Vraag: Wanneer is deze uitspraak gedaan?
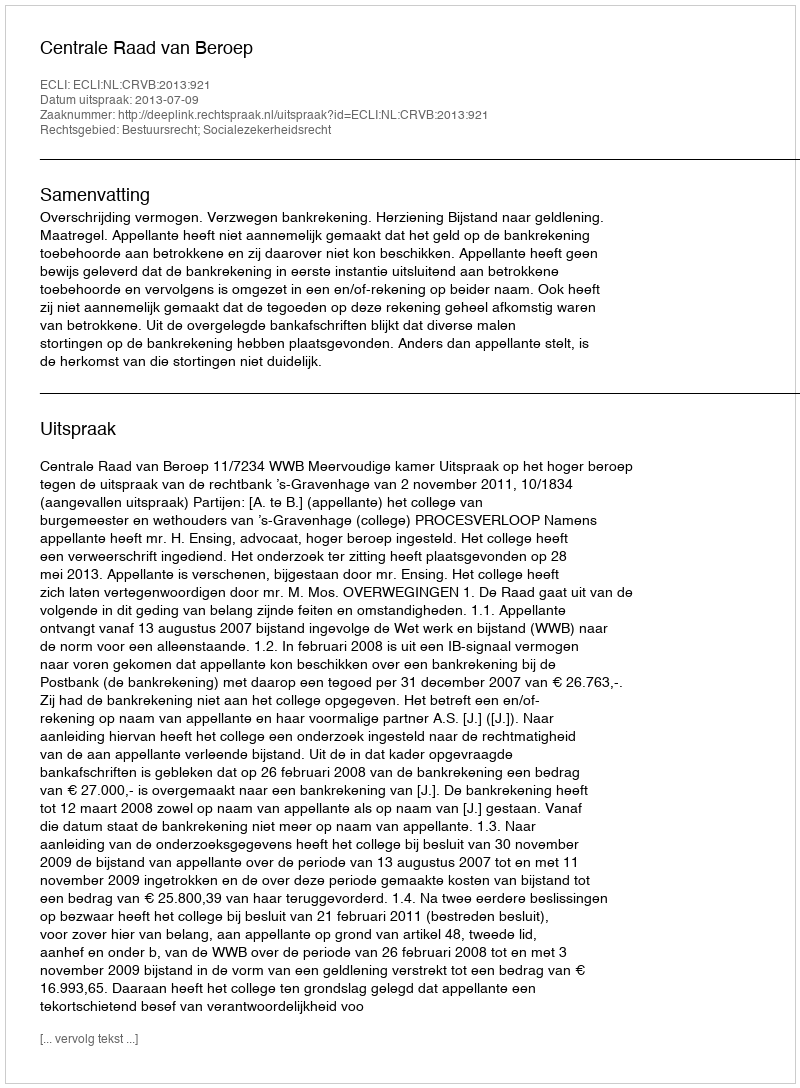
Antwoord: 2013-07-09